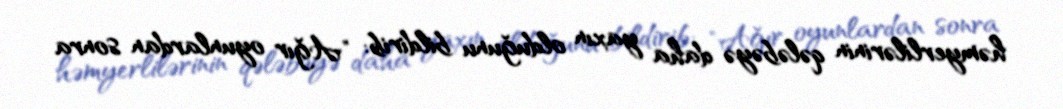
həmyerlilərinin qələbəyə daha yaxın olduğunu bildirib: "Ağır oyunlardan sonra